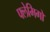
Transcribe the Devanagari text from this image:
फ्लेमिगों